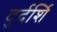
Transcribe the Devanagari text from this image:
दुर्दर्शि